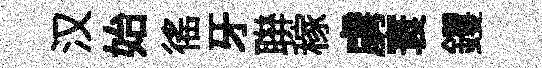
汉始徭牙聨稼虜寰钁